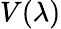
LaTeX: V(\lambda)